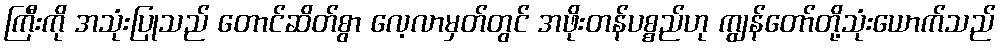
ကြီးကို အသုံးပြုသည် တောင်ဆိတ်စွာ လေ့လာမှတ်တွင် အဖိုးတန်ပစ္စည်ဟု ကျွန်တော်တို့သုံးယောက်သည်